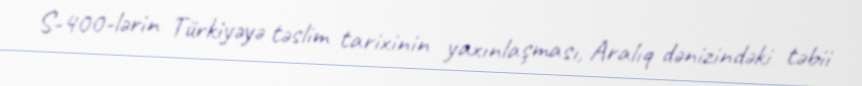
S-400-lərin Türkiyəyə təslim tarixinin yaxınlaşması, Aralıq dənizindəki təbii